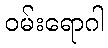
ဝမ်းရောဂါ